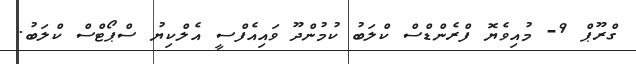
ގްރޫޕް 9- މުއިވެޔޮ ފްރެންޑްސް ކްލަބު ކުމުންދޫ ވައިއެފްސީ އެލްކިޔު ސްޕޯޓްސް ކްލަބު.